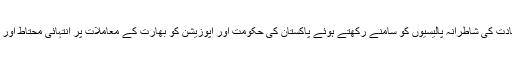
تاریخ کے مختلف ادوار میں بھارت کی قیادت کی شاطرانہ پالیسیوں کو سامنے رکھتے ہوئے پاکستان کی حکومت اور اپوزیشن کو بھارت کے معاملات پر انتہائی محتاط اور سوچی سمجھی پالیسی اختیار کرنی ہوگی۔